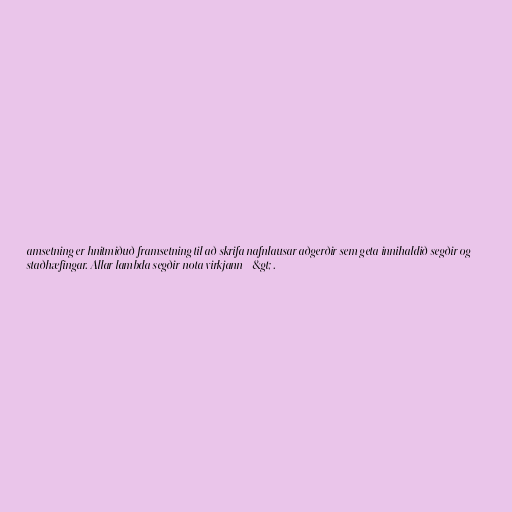
amsetning er hnitmiðuð framsetning til að skrifa nafnlausar aðgerðir sem geta innihaldið segðir og
staðhæfingar. Allar lambda segðir nota virkjann =&gt; .